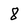
Character: 8